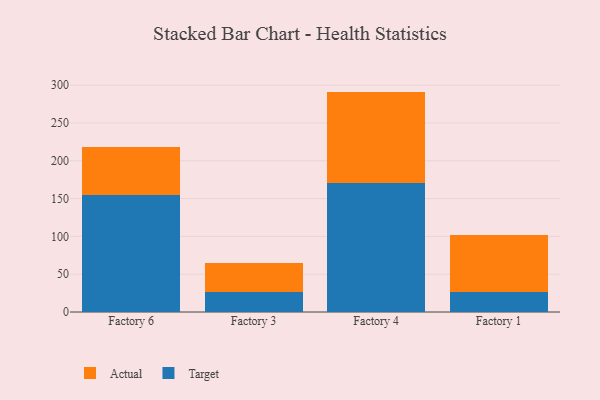
{"axis": {"x": "Factory", "y": "Website Visitors"}, "legend": ["Actual", "Target"], "data": [{"x": "Factory 6", "y": 155.3, "type": "Target"}, {"x": "Factory 6", "y": 63.1, "type": "Actual"}, {"x": "Factory 3", "y": 25.9, "type": "Target"}, {"x": "Factory 3", "y": 39.5, "type": "Actual"}, {"x": "Factory 4", "y": 171.2, "type": "Target"}, {"x": "Factory 4", "y": 120.3, "type": "Actual"}, {"x": "Factory 1", "y": 26.7, "type": "Target"}, {"x": "Factory 1", "y": 75.7, "type": "Actual"}]}